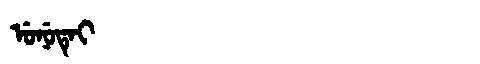
Manchu: ᡠᠨᡠᡨᡝᡳ
Romanization: UNUTEI